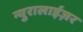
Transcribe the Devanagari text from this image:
न्युरालाईज़र